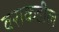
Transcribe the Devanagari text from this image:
वराकडील